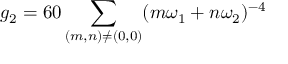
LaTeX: g _ { 2 } = 6 0 \sum _ { ( m , n ) \neq ( 0 , 0 ) } ( m \omega _ { 1 } + n \omega _ { 2 } ) ^ { - 4 }